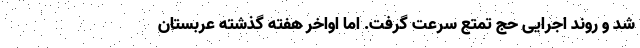
شد و روند اجرایی حج تمتع سرعت گرفت. اما اواخر هفته گذشته عربستان